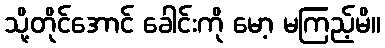
သို့တိုင်အောင် ခေါင်းကို မော့ မကြည့်မိ။